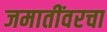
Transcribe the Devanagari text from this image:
जमातींवरचा